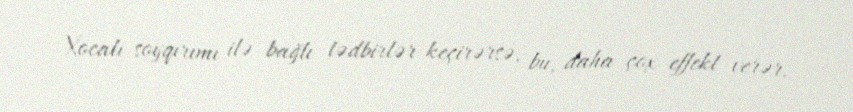
Xocalı soyqırımı ilə bağlı tədbirlər keçirərsə, bu, daha çox effekt verər.